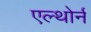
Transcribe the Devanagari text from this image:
एल्थोर्न